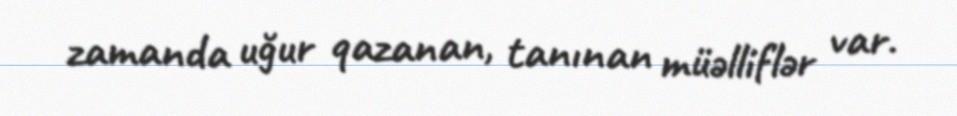
zamanda uğur qazanan, tanınan müəlliflər var.